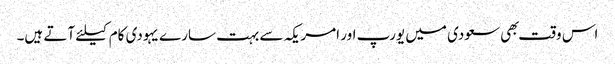
اس وقت بهی سعودی میں یورپ اور امریکہ سے بہت سارے یہودی کام کیلئے آتے ہیں۔